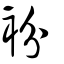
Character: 𧘠